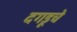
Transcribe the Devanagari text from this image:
दगडूचे